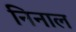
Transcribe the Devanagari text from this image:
निनाल